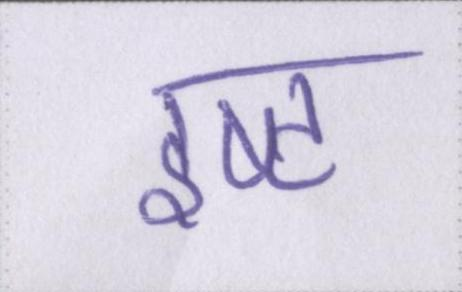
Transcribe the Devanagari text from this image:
इष्ट